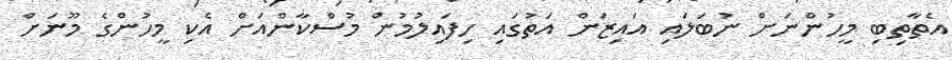
އެތާތިބި މީހުންނަށް ނުބަލައި އައިޒަން އަތުގައި ހިފައިލުމުން މުސްކާންއަށް އެކި މީހުންގެ މޫނަށް